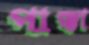
পাক্কা